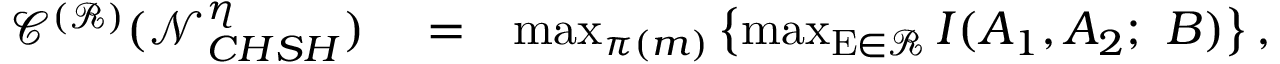
\begin{array} { r l r } { \mathscr { C } ^ { ( \mathcal { R } ) } ( \mathcal { N } _ { C H S H } ^ { \eta } ) } & { { } = } & { \operatorname* { m a x } _ { \pi ( m ) } \left\{ \operatorname* { m a x } _ { \mathrm { E } \in \mathcal { R } } I ( A _ { 1 } , A _ { 2 } ; ~ B ) \right\} , } \end{array}